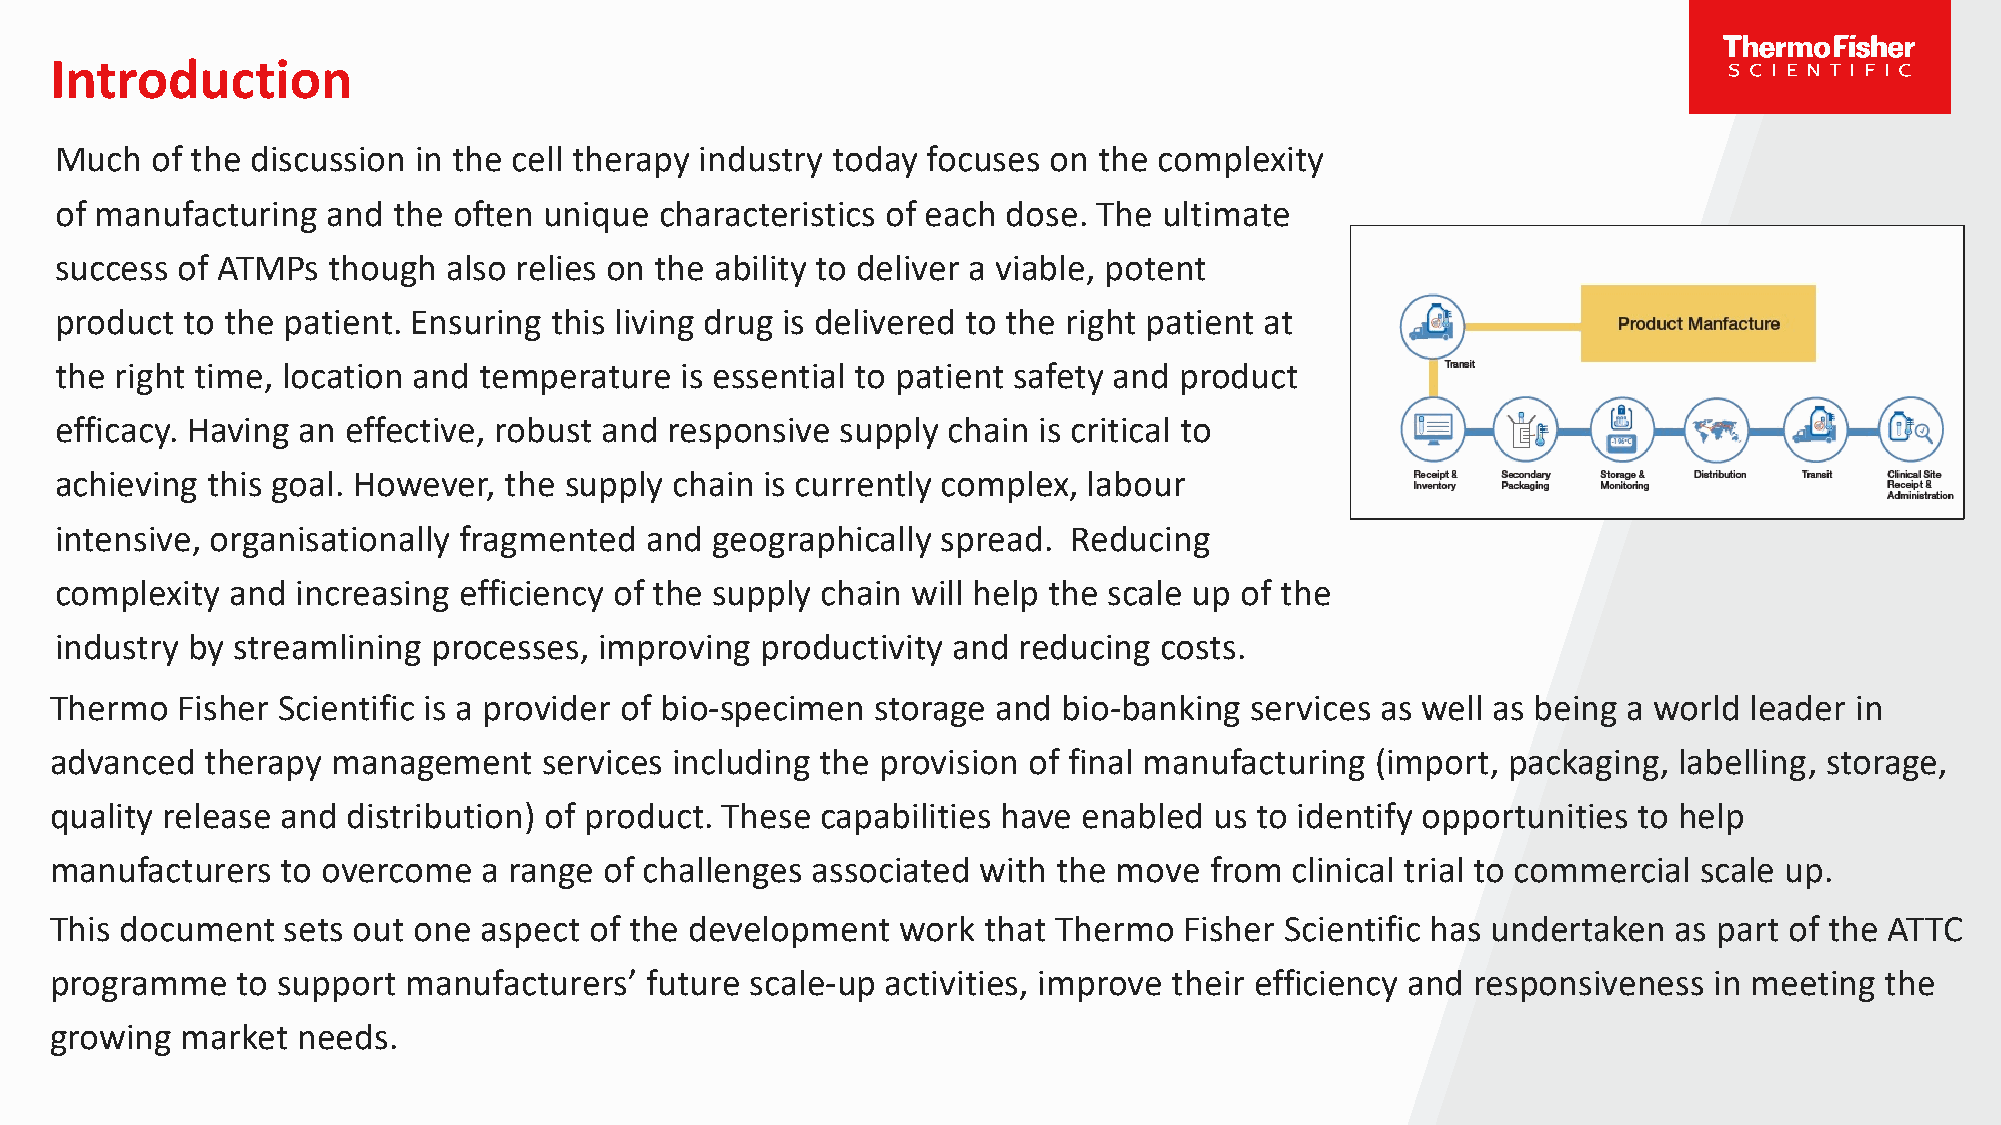
Introduction
 Much  of the discussion in the cell therapy industry today focuses on the complexity
 of manufacturing  and the often unique  characteristics of each dose. The ultimate
 success of ATMPs  though  also relies on the ability to deliver a viable, potent
 product to the patient. Ensuring this living drug is delivered to the right patient at
 the right time, location and temperature is essential to patient safety and product
 efficacy. Having an effective, robust and responsive supply chain is critical to
 achieving this goal. However, the supply chain is currently complex, labour
 intensive, organisationally fragmented and geographically spread.  Reducing
 complexity and  increasing efficiency of the supply chain will help the scale up of the
 industry by streamlining processes, improving productivity and reducing  costs.
 Thermo   Fisher Scientific is a provider of bio-specimen storage and bio-banking services as well as being a world leader in
 advanced   therapy management    services including the provision of final manufacturing (import, packaging, labelling, storage,
 quality release and distribution) of product. These capabilities have enabled us to identify opportunities to help
 manufacturers   to overcome  a range of challenges associated with the move  from  clinical trial to commercial scale up.
 This document   sets out one aspect of the development   work that Thermo  Fisher Scientific has undertaken as part of the ATTC
 programme    to support manufacturers’  future scale-up activities, improve their efficiency and responsiveness in meeting the
 growing  market  needs.